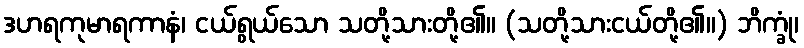
ဒဟရကုမာရကာနံ၊ ငယ်ရွယ်သော သတို့သားတို့၏။ (သတို့သားငယ်တို့၏။) ဘိက္ခုံ၊